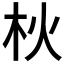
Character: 𣏹